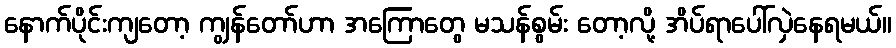
နောက်ပိုင်းကျတော့ ကျွန်တော်ဟာ အကြောတွေ မသန်စွမ်း တော့လို့ အိပ်ရာပေါ်လှဲနေရမယ်။